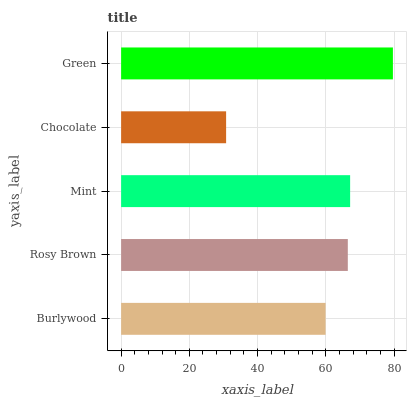
| yaxis_label | bars |
 | --- | --- |
 | Burlywood | 59.9 |
 | Rosy Brown | 66.5 |
 | Mint | 67.1 |
 | Chocolate | 30.8 |
 | Green | 79.7 |